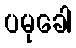
ပမုခေါ